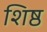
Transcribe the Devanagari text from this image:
शिष्ठ